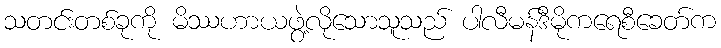
သတင်းတစ်ခုကို မိဿဟာယဖွဲ့လိုသောသူသည် ပါလီမန်ဒီမိုကရေစီခေတ်က